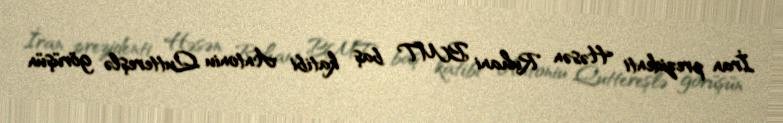
İran prezidenti Həsən Ruhani BMT baş katibi Antoniu Quttereşlə görüşün